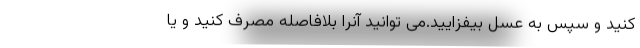
کنید و سپس به عسل بیفزایید.می توانید آنرا بلافاصله مصرف کنید و یا